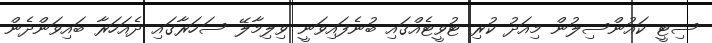
ސިޓީ ކައުންސިލުން މިއަދު ކުރި ޓުވީޓެއްގައި ބުނެފައިވަނީ ވިލިމާލޭ ސަހަރާގައި ދެއަހަރާ ބައިވަންދެން